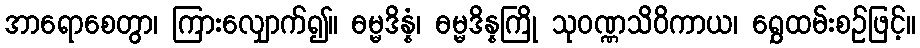
အာရောစေတွာ၊ ကြားလျှောက်၍။ ဓမ္မဒိန္နံ၊ ဓမ္မဒိန္နကြို သုဝဏ္ဏသိဝိကာယ၊ ရွှေထမ်းစဉ်ဖြင့်။